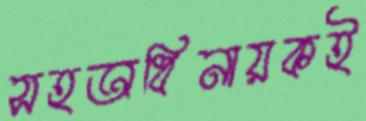
সহঅধিনায়কই